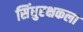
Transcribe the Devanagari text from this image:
सिंधुरक्षकला